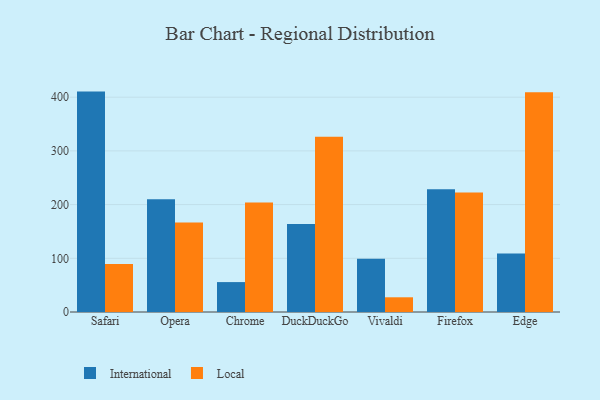
{"axis": {"x": "Browser", "y": "Satisfaction Score"}, "legend": ["International", "Local"], "data": [{"x": "Safari", "y": 410.4, "type": "International"}, {"x": "Safari", "y": 89.5, "type": "Local"}, {"x": "Opera", "y": 210.1, "type": "International"}, {"x": "Opera", "y": 166.5, "type": "Local"}, {"x": "Chrome", "y": 55.7, "type": "International"}, {"x": "Chrome", "y": 204.0, "type": "Local"}, {"x": "DuckDuckGo", "y": 163.8, "type": "International"}, {"x": "DuckDuckGo", "y": 326.1, "type": "Local"}, {"x": "Vivaldi", "y": 99.0, "type": "International"}, {"x": "Vivaldi", "y": 27.4, "type": "Local"}, {"x": "Firefox", "y": 228.6, "type": "International"}, {"x": "Firefox", "y": 222.4, "type": "Local"}, {"x": "Edge", "y": 108.9, "type": "International"}, {"x": "Edge", "y": 409.1, "type": "Local"}]}